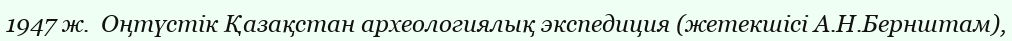
1947 ж.  Оңтүстік Қазақстан археологиялық экспедиция (жетекшісі А.Н.Бернштам),